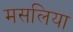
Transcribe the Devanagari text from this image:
मसलिया